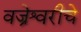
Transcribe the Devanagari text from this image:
वज्रेश्वरीचे